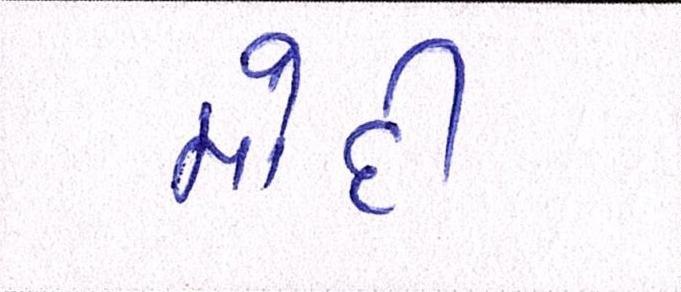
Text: મોદી